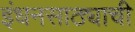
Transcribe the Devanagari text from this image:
इंधनसाठ्याची